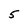
Character: 5